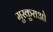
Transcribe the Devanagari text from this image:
मुस्कुराओ